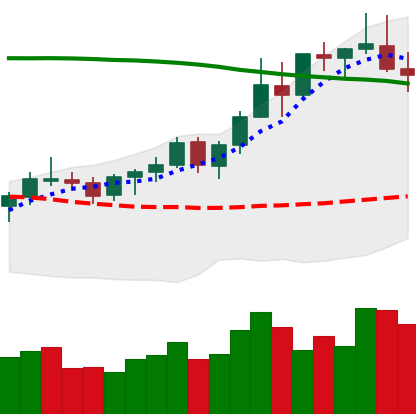
Ticker: BNB-USD
Chart end date: 2021-08-18
Forward return: 25.521%
Label: up_7plus